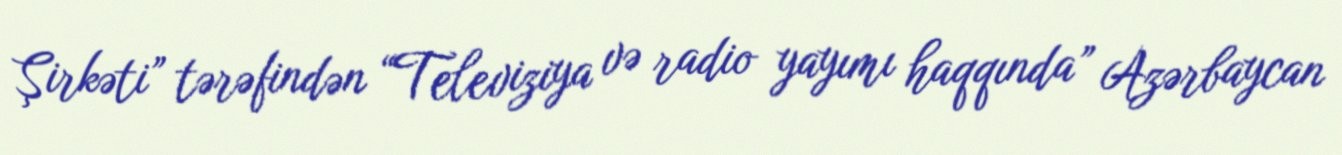
Şirkəti” tərəfindən “Televiziya və radio yayımı haqqında” Azərbaycan